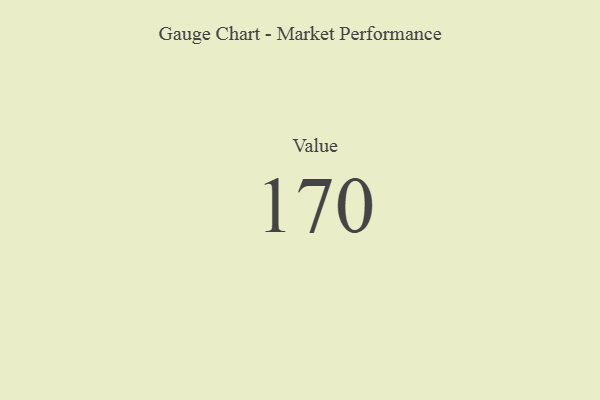
{"axis": {"x": "Metric", "y": "Value"}, "legend": [""], "data": [{"x": "Value", "y": 170, "type": ""}]}